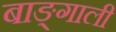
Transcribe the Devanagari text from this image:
बाङ्गाली